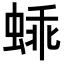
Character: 𬠕